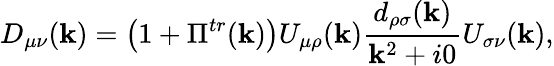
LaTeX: D_{\mu\nu}(\mathbf{k})=\left(1+\Pi^{tr}(\mathbf{k})\right)U_{\mu\rho}(\mathbf{k})\frac{{d_{\rho\sigma}(\mathbf{k})}}{{\mathbf{k}^{2}+i0}}U_{\sigma\nu}(\mathbf{k}),